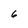
Character: 6